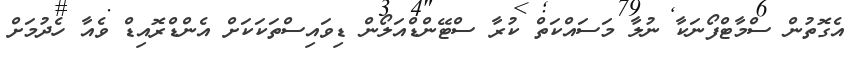
އެގޮތުން ސްމާޓްފޯނަކާ ނުލާ މަސައްކަތް ކުރާ ސްޓޭންޑްއަލޯން ޑިވައިސްތަކަކަށް އެންޑްރޮއިޑް ވެއާ ހެދުމަށް